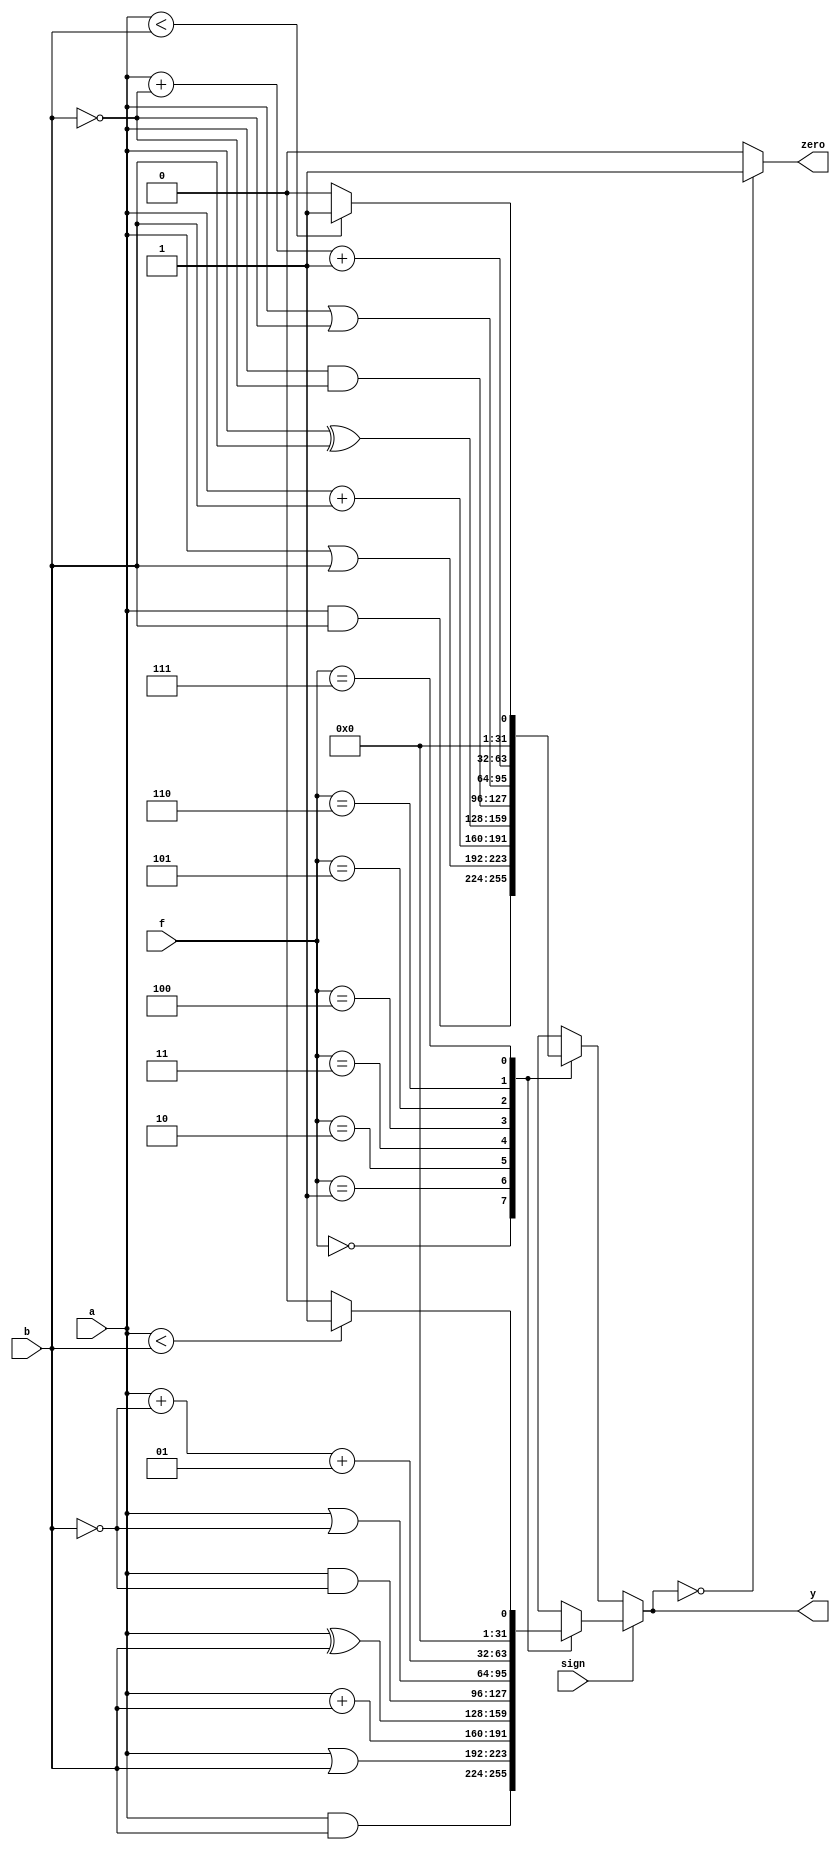
 module alu(a, b, sign, f, y, zero);
 input [31:0] a, b;
 input       sign;
 input [2:0] f;
 output reg [31:0] y;
 output reg zero;

 always @(*) begin
  if (sign) begin
    case (f)
      0: y <= $signed(a) & $signed(b);
      1: y <= $signed(a) | $signed(b);
      2: y <= $signed(a) + $signed(b);
      3: y <= $signed(a) ^ $signed(b);  // XOR
      4: y <= $signed(a) & ~$signed(b);
      5: y <= $signed(a) | ~$signed(b);
      6: y <= $signed(a) + ~$signed(b) + 1;
      7: y <= ($signed(a)<$signed(b)) ? 1:0;
     default: y <= 0;
    endcase
  end
  else begin 
    case (f)
      0: y <= $unsigned(a) & $unsigned(b);
      1: y <= $unsigned(a) | $unsigned(b);
      2: y <= $unsigned(a) + $unsigned(b);
      3: y <= $unsigned(a) ^ $unsigned(b);
      4: y <= $unsigned(a) & ~$unsigned(b);
      5: y <= $unsigned(a) | ~$unsigned(b);
      6: y <= $unsigned(a) + ~$unsigned(b) + 1;
      7: y <= ($unsigned(a)<$unsigned(b)) ? 1:0;
     default: y <= 0;
    endcase
  end
  zero <= (y==8'h0) ? 1:0;
 end
endmodule